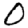
Digit: 0